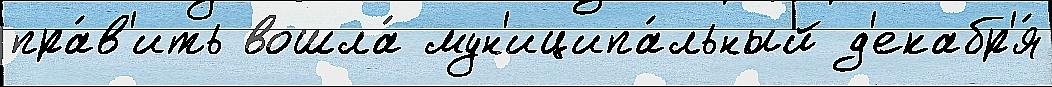
пра́в'ить вошла́ мун'иципа́льный д'екабр'я́